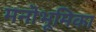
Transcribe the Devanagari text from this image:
मनॊभूमिका